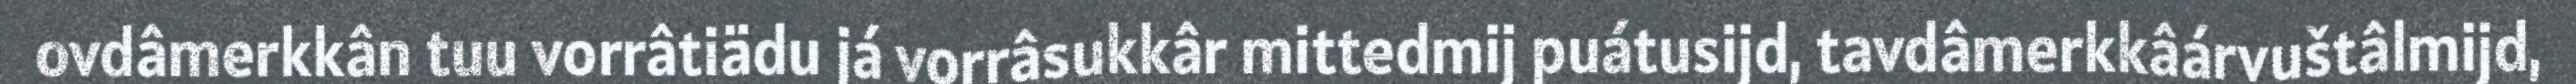
ovdâmerkkân tuu vorrâtiädu já vorrâsukkâr mittedmij puátusijd, tavdâmerkkâárvuštâlmijd,